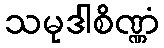
သမုဒါစိဏ္ဏံ